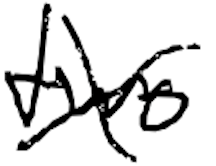
Text: two
Cross-out: cross
Writing tool: digital_black